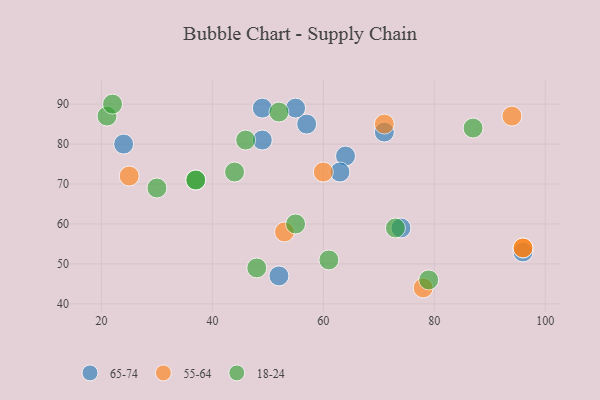
{"axis": {"x": "GDP", "y": "Life Expectancy"}, "legend": ["18-24", "55-64", "65-74"], "data": [{"x": "52", "y": 47, "type": "65-74"}, {"x": "49", "y": 89, "type": "65-74"}, {"x": "57", "y": 85, "type": "65-74"}, {"x": "71", "y": 83, "type": "65-74"}, {"x": "64", "y": 77, "type": "65-74"}, {"x": "96", "y": 53, "type": "65-74"}, {"x": "49", "y": 81, "type": "65-74"}, {"x": "55", "y": 89, "type": "65-74"}, {"x": "24", "y": 80, "type": "65-74"}, {"x": "63", "y": 73, "type": "65-74"}, {"x": "74", "y": 59, "type": "65-74"}, {"x": "53", "y": 58, "type": "55-64"}, {"x": "94", "y": 87, "type": "55-64"}, {"x": "96", "y": 54, "type": "55-64"}, {"x": "78", "y": 44, "type": "55-64"}, {"x": "96", "y": 54, "type": "55-64"}, {"x": "25", "y": 72, "type": "55-64"}, {"x": "60", "y": 73, "type": "55-64"}, {"x": "71", "y": 85, "type": "55-64"}, {"x": "87", "y": 84, "type": "18-24"}, {"x": "55", "y": 60, "type": "18-24"}, {"x": "37", "y": 71, "type": "18-24"}, {"x": "79", "y": 46, "type": "18-24"}, {"x": "30", "y": 69, "type": "18-24"}, {"x": "73", "y": 59, "type": "18-24"}, {"x": "21", "y": 87, "type": "18-24"}, {"x": "46", "y": 81, "type": "18-24"}, {"x": "48", "y": 49, "type": "18-24"}, {"x": "61", "y": 51, "type": "18-24"}, {"x": "37", "y": 71, "type": "18-24"}, {"x": "52", "y": 88, "type": "18-24"}, {"x": "22", "y": 90, "type": "18-24"}, {"x": "44", "y": 73, "type": "18-24"}]}